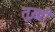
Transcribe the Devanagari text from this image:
तूख़ी